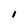
Character: 1